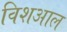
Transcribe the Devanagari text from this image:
विशआल